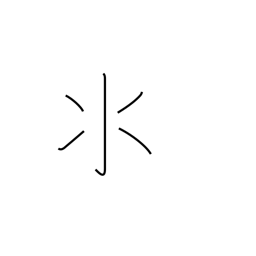
Meaning: water radical variant (no. 85)